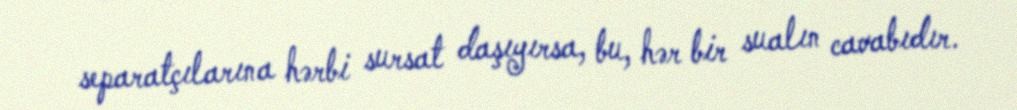
separatçılarına hərbi sursat daşıyırsa, bu, hər bir sualın cavabıdır.